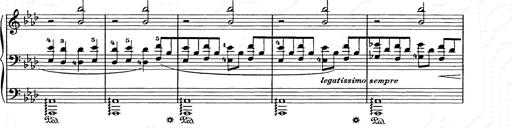
Title: Weihnachtsbaum
Composer: Franz Liszt